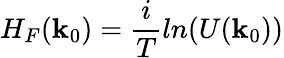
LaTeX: H_{F}({\mathbf k}_{0})=\frac{i}{T}ln(U({\mathbf k}_{0}))